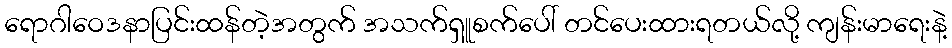
ရောဂါဝေဒနာပြင်းထန်တဲ့အတွက် အသက်ရှူစက်ပေါ် တင်ပေးထားရတယ်လို့ ကျန်းမာရေးနဲ့